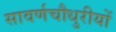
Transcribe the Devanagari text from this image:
सावर्णचौधुरीयों